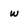
Character: w